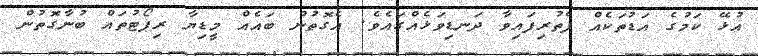
އުޅޭ ކަމުގެ އަޑުތަކެއް ފެތުރިފައިވާ ދަނޑިވަޅެއްގައެވެ. އެގޮތުން ބައެއް މީޑިޔާ ރިޕޯޓުތައް ބުނާގޮތުން